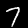
Digit: 7